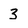
Character: 3